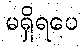
မရှိရပေ